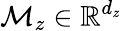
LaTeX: \mathcal{M}_{z}\in\mathbb{R}^{d_{z}}